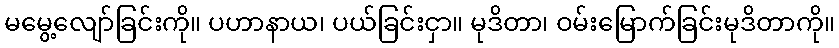
မမွေ့လျော်ခြင်းကို။ ပဟာနာယ၊ ပယ်ခြင်းငှာ။ မုဒိတာ၊ ဝမ်းမြောက်ခြင်းမုဒိတာကို။